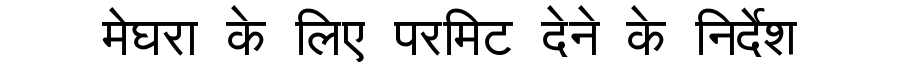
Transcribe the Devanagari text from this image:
मेघरा के लिए परमिट देने के निर्देश